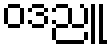
ဝဒညူ